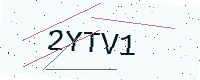
Text: 2YTV1